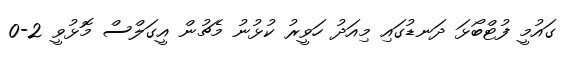
ގައުމީ ފުޓްބޯޅަ ދަނޑުގައި މިއަދު ހަވީރު ކުޅުނު މެޗުން އީގަލްސް މޮޅުވީ 2-0